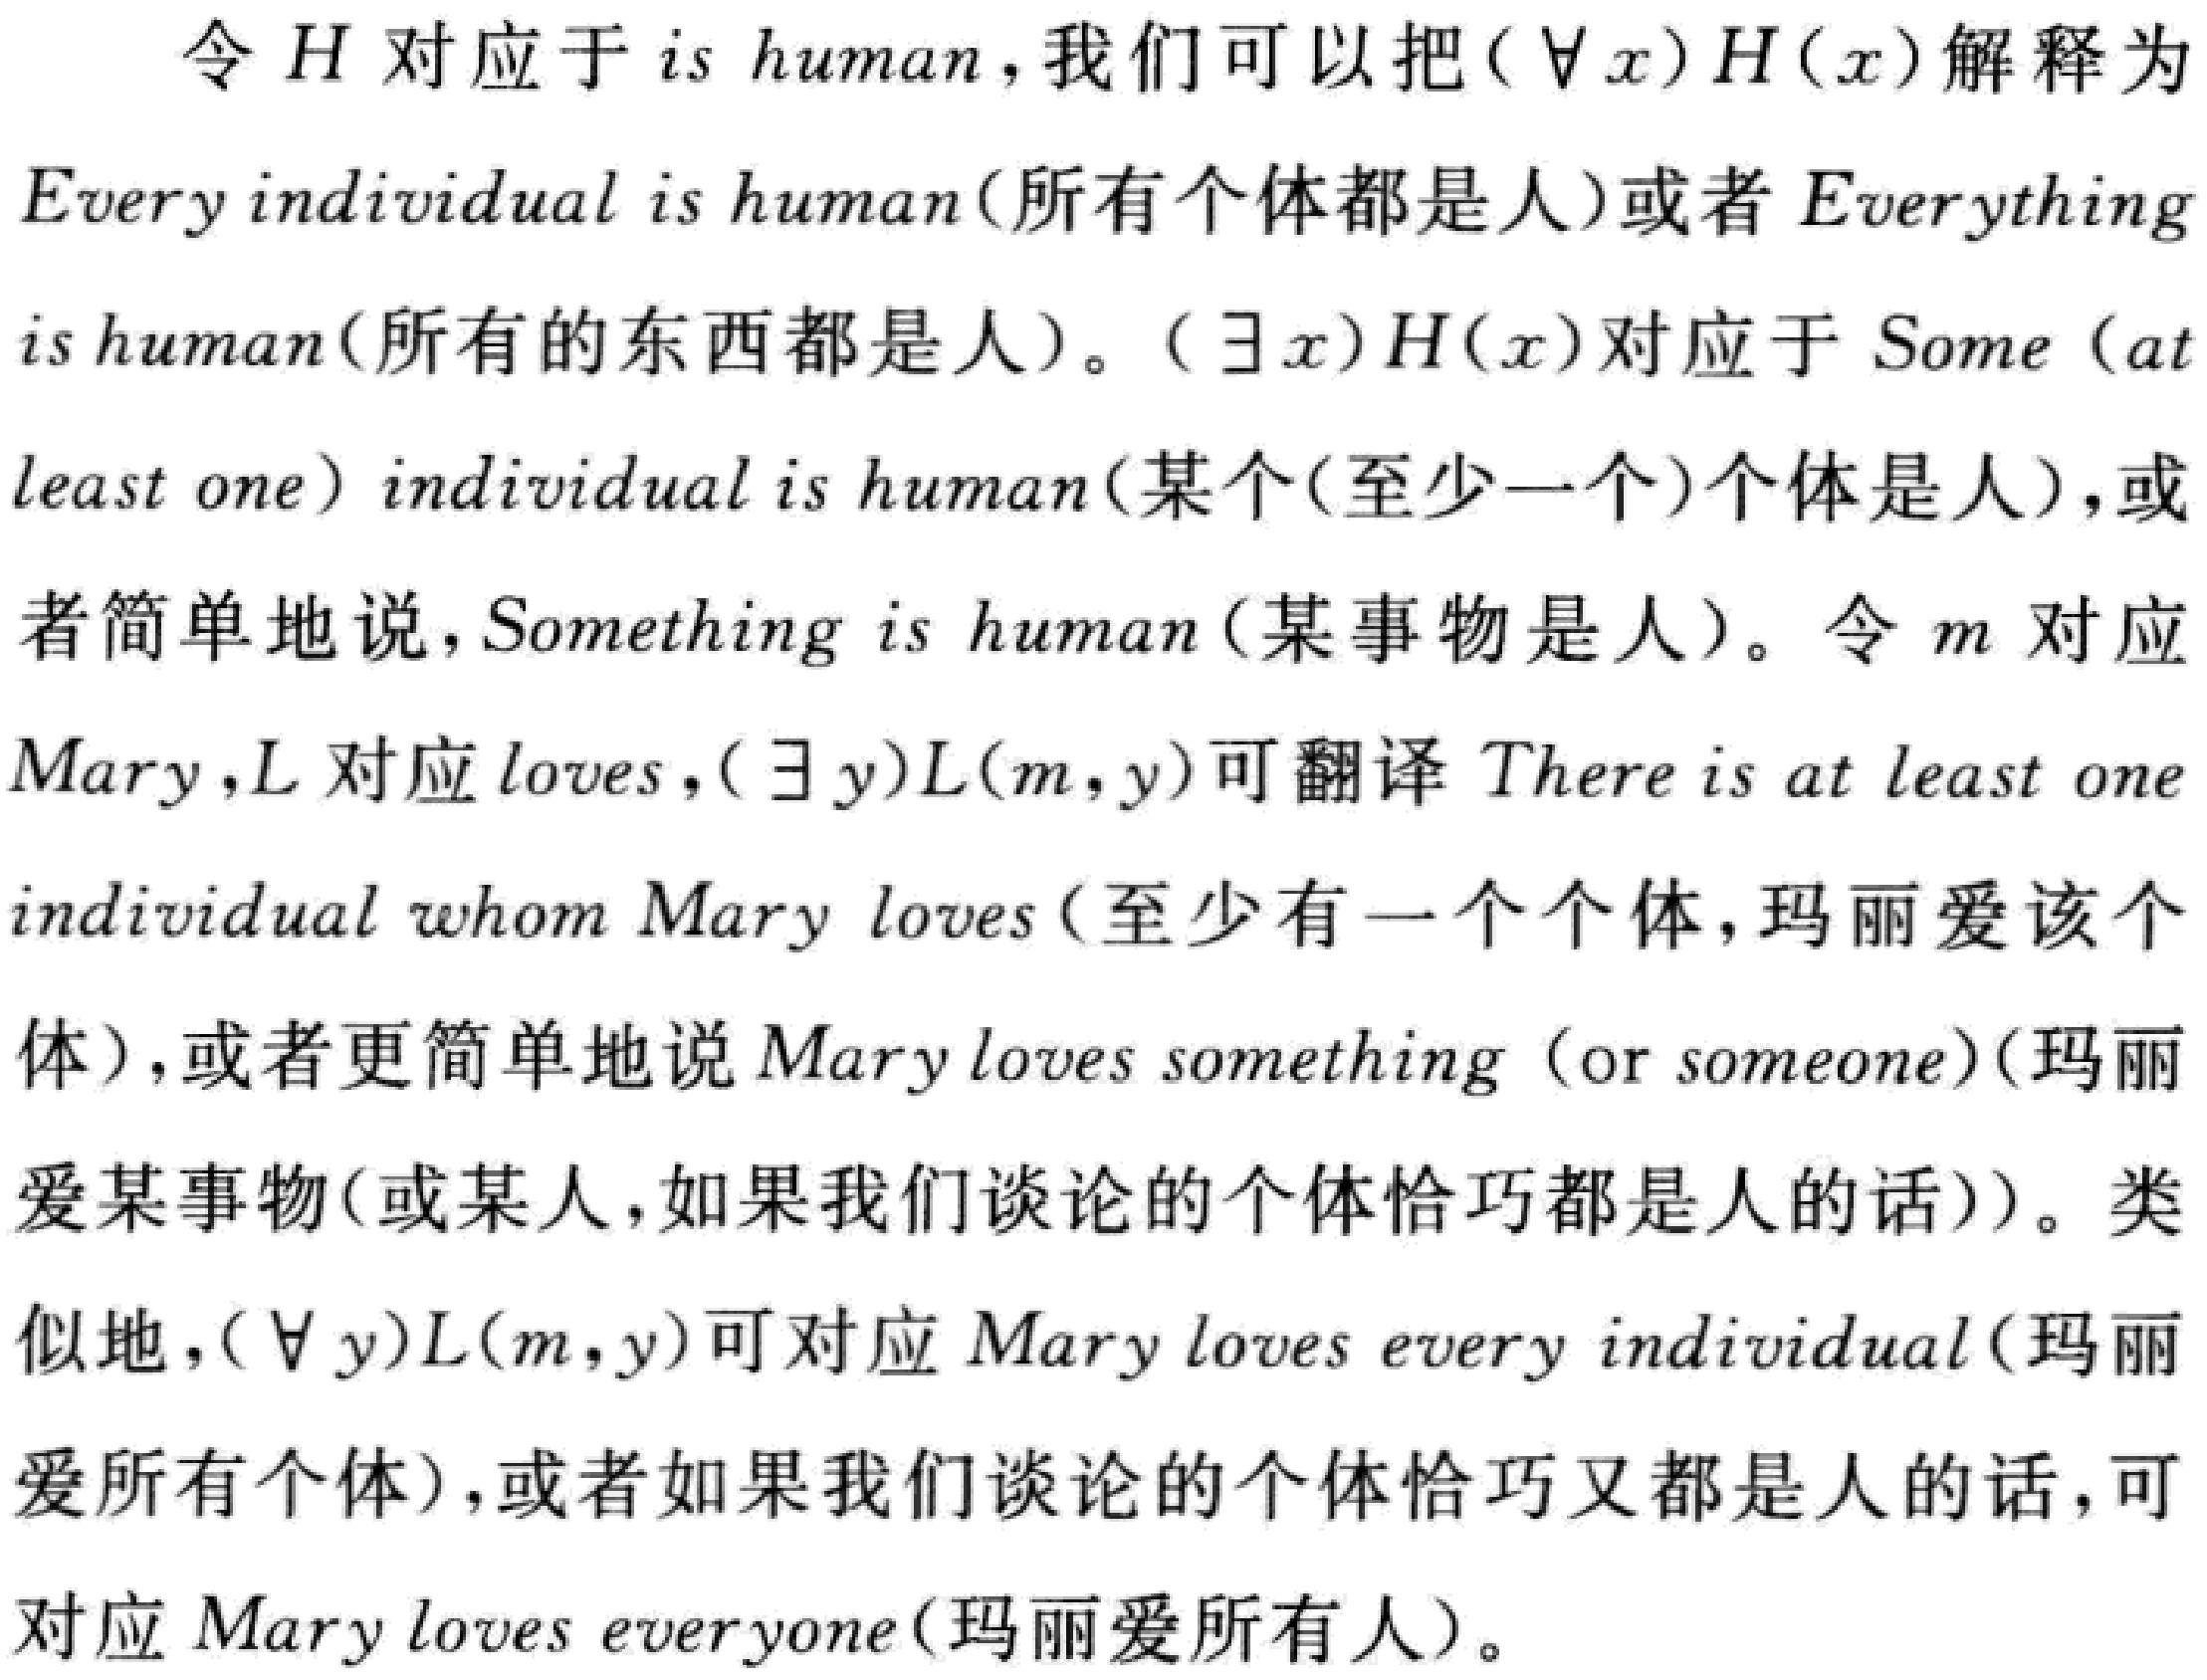
令 \(H\) 对应于 \(is\ human\)，我们可以把 \((\forall x)H(x)\) 解释为 \(Every\ individual\ is\ human\)（所有个体都是人）或者 \(Everything\ is\ human\)（所有的东西都是人）。\((\exists x)H(x)\) 对应于 \(Some\ (at\ least\ one)\ individual\ is\ human\)（某个(至少一个)个体是人），或者简单地说，\(Something\ is\ human\)（某事物是人）。令 \(m\) 对应 \(Mary\)，\(L\) 对应 \(loves\)，\((\exists y)L(m,y)\) 可翻译 \(There\ is\ at\ least\ one\ individual\ whom\ Mary\ loves\)（至少有一个个体，玛丽爱该个体），或者更简单地说 \(Mary\ loves\ something\ (or\ someone)\)（玛丽爱某事物(或某人，如果我们谈论的个体恰巧都是人的话)）。类似地，\((\forall y)L(m,y)\) 可对应 \(Mary\ loves\ every\ individual\)（玛丽爱所有个体），或者如果我们谈论的个体恰巧又都是人的话，可对应 \(Mary\ loves\ everyone\)（玛丽爱所有人）。